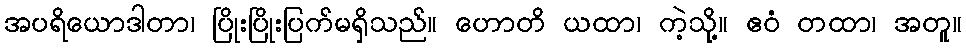
အပရိယောဒါတာ၊ ပြိုးပြိုးပြက်မရှိသည်။ ဟောတိ ယထာ၊ ကဲ့သို့။ ဧဝံ တထာ၊ အတူ။